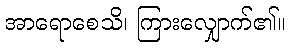
အာရောစေသိ၊ ကြားလျှောက်၏။